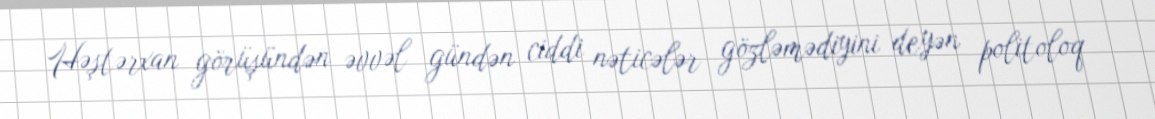
Həştərxan görüşündən əvvəl gündən ciddi nəticələr gözləmədiyini deyən politoloq